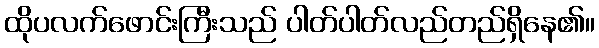
ထိုပလက်ဖောင်းကြီးသည် ပါတ်ပါတ်လည်တည်ရှိနေ၏။